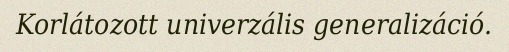
Korlátozott univerzális generalizáció.